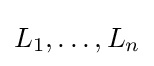
L_{1},\ldots ,L_{n}